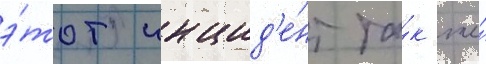
э́тот инцид'е́нт та́к же́